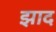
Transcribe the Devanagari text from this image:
झाद